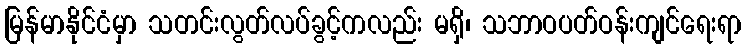
မြန်မာနိုင်ငံမှာ သတင်းလွတ်လပ်ခွင့်ကလည်း မရှိ၊ သဘာဝပတ်ဝန်းကျင်ရေးရာ